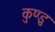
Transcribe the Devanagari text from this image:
कुण्डु